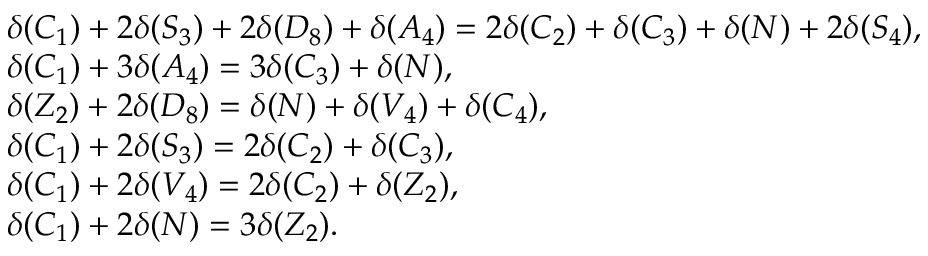
\begin{array} { r l } & { \delta ( C _ { 1 } ) + 2 \delta ( S _ { 3 } ) + 2 \delta ( D _ { 8 } ) + \delta ( A _ { 4 } ) = 2 \delta ( C _ { 2 } ) + \delta ( C _ { 3 } ) + \delta ( N ) + 2 \delta ( S _ { 4 } ) , } \\ & { \delta ( C _ { 1 } ) + 3 \delta ( A _ { 4 } ) = 3 \delta ( C _ { 3 } ) + \delta ( N ) , } \\ & { \delta ( Z _ { 2 } ) + 2 \delta ( D _ { 8 } ) = \delta ( N ) + \delta ( V _ { 4 } ) + \delta ( C _ { 4 } ) , } \\ & { \delta ( C _ { 1 } ) + 2 \delta ( S _ { 3 } ) = 2 \delta ( C _ { 2 } ) + \delta ( C _ { 3 } ) , } \\ & { \delta ( C _ { 1 } ) + 2 \delta ( V _ { 4 } ) = 2 \delta ( C _ { 2 } ) + \delta ( Z _ { 2 } ) , } \\ & { \delta ( C _ { 1 } ) + 2 \delta ( N ) = 3 \delta ( Z _ { 2 } ) . } \end{array}